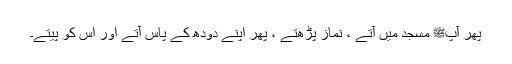
پھر آپﷺ مسجد میں آتے ، نماز پڑھتے ، پھر اپنے دودھ کے پاس آتے اور اس کو پیتے۔